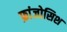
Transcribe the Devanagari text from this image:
फ्रांजोसिश